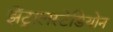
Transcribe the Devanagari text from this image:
झेंट्रालस्टेडियोन